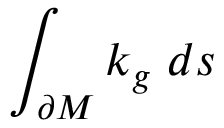
\int _ { \partial M } k _ { g } \; d s